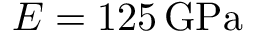
E = 1 2 5 \, \mathrm { { G P a } }